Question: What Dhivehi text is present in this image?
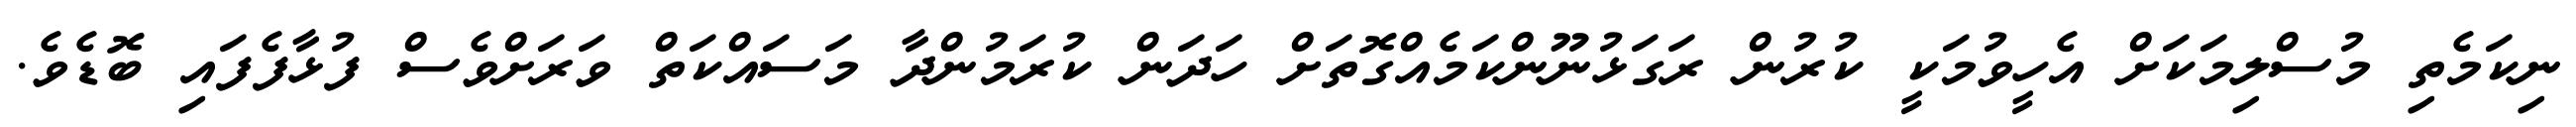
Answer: ނިކަމެތި މުސްލިމަކަށް އެހީވުމަކީ ކުރުން ރަގަޅުނޫންކަމެއްގޮތަށް ހަދަން ކުރަމުންދާ މަސައްކަތް ވަރަށްވެސް ފުޅާފެފައި ބޮޑެވެ.